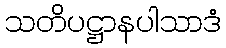
သတိပဋ္ဌာနပါသာဒံ